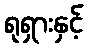
ရုရှားနှင့်